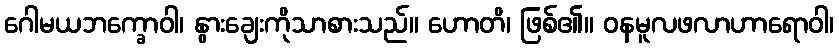
ဂေါမယဘက္ခောဝါ၊ နွားချေးကိုသာစားသည်။ ဟောတိ၊ ဖြစ်၏။ ဝနမူလဖလာဟာရောဝါ၊